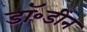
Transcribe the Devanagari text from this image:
डॉ॰डीन